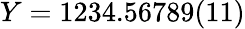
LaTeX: Y=1234.56789(11)